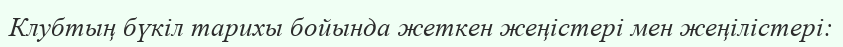
Клубтың бүкіл тарихы бойында жеткен жеңістері мен жеңілістері: